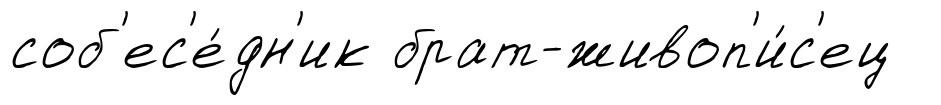
соб'ес'е́дн'ик брат-живоп'и́с'ец